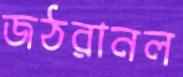
জঠরানল